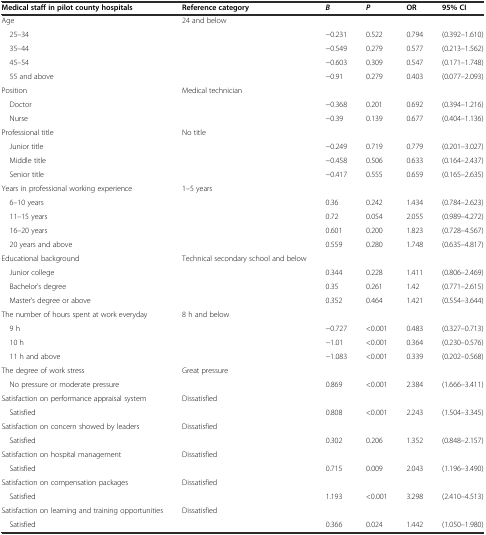
<table><thead><tr><td><b>Medical staff in pilot county hospitals</b></td><td><b>Reference category</b></td><td><b><i>B</i></b></td><td><b><i>P</i></b></td><td><b>OR</b></td><td><b>95% CI</b></td></tr></thead><tbody><tr><td>Age</td><td>24 and below</td><td></td><td></td><td></td><td></td></tr><tr><td> 25–34</td><td></td><td>−0.231</td><td>0.522</td><td>0.794</td><td>(0.392–1.610)</td></tr><tr><td> 35–44</td><td></td><td>−0.549</td><td>0.279</td><td>0.577</td><td>(0.213–1.562)</td></tr><tr><td> 45–54</td><td></td><td>−0.603</td><td>0.309</td><td>0.547</td><td>(0.171–1.748)</td></tr><tr><td> 55 and above</td><td></td><td>−0.91</td><td>0.279</td><td>0.403</td><td>(0.077–2.093)</td></tr><tr><td>Position</td><td>Medical technician</td><td></td><td></td><td></td><td></td></tr><tr><td> Doctor</td><td></td><td>−0.368</td><td>0.201</td><td>0.692</td><td>(0.394–1.216)</td></tr><tr><td> Nurse</td><td></td><td>−0.39</td><td>0.139</td><td>0.677</td><td>(0.404–1.136)</td></tr><tr><td>Professional title</td><td>No title</td><td></td><td></td><td></td><td></td></tr><tr><td> Junior title</td><td></td><td>−0.249</td><td>0.719</td><td>0.779</td><td>(0.201–3.027)</td></tr><tr><td> Middle title</td><td></td><td>−0.458</td><td>0.506</td><td>0.633</td><td>(0.164–2.437)</td></tr><tr><td> Senior title</td><td></td><td>−0.417</td><td>0.555</td><td>0.659</td><td>(0.165–2.635)</td></tr><tr><td>Years in professional working experience</td><td>1–5 years</td><td></td><td></td><td></td><td></td></tr><tr><td> 6–10 years</td><td></td><td>0.36</td><td>0.242</td><td>1.434</td><td>(0.784–2.623)</td></tr><tr><td> 11–15 years</td><td></td><td>0.72</td><td>0.054</td><td>2.055</td><td>(0.989–4.272)</td></tr><tr><td> 16–20 years</td><td></td><td>0.601</td><td>0.200</td><td>1.823</td><td>(0.728–4.567)</td></tr><tr><td> 20 years and above</td><td></td><td>0.559</td><td>0.280</td><td>1.748</td><td>(0.635–4.817)</td></tr><tr><td>Educational background</td><td>Technical secondary school and below</td><td></td><td></td><td></td><td></td></tr><tr><td> Junior college</td><td></td><td>0.344</td><td>0.228</td><td>1.411</td><td>(0.806–2.469)</td></tr><tr><td> Bachelor’s degree</td><td></td><td>0.35</td><td>0.261</td><td>1.42</td><td>(0.771–2.615)</td></tr><tr><td> Master’s degree or above</td><td></td><td>0.352</td><td>0.464</td><td>1.421</td><td>(0.554–3.644)</td></tr><tr><td>The number of hours spent at work everyday</td><td>8 h and below</td><td></td><td></td><td></td><td></td></tr><tr><td> 9 h</td><td></td><td>−0.727</td><td>&lt;0.001</td><td>0.483</td><td>(0.327–0.713)</td></tr><tr><td> 10 h</td><td></td><td>−1.01</td><td>&lt;0.001</td><td>0.364</td><td>(0.230–0.576)</td></tr><tr><td> 11 h and above</td><td></td><td>−1.083</td><td>&lt;0.001</td><td>0.339</td><td>(0.202–0.568)</td></tr><tr><td>The degree of work stress</td><td>Great pressure</td><td></td><td></td><td></td><td></td></tr><tr><td> No pressure or moderate pressure</td><td></td><td>0.869</td><td>&lt;0.001</td><td>2.384</td><td>(1.666–3.411)</td></tr><tr><td>Satisfaction on performance appraisal system</td><td>Dissatisfied</td><td></td><td></td><td></td><td></td></tr><tr><td> Satisfied</td><td></td><td>0.808</td><td>&lt;0.001</td><td>2.243</td><td>(1.504–3.345)</td></tr><tr><td>Satisfaction on concern showed by leaders</td><td>Dissatisfied</td><td></td><td></td><td></td><td></td></tr><tr><td> Satisfied</td><td></td><td>0.302</td><td>0.206</td><td>1.352</td><td>(0.848–2.157)</td></tr><tr><td>Satisfaction on hospital management</td><td>Dissatisfied</td><td></td><td></td><td></td><td></td></tr><tr><td> Satisfied</td><td></td><td>0.715</td><td>0.009</td><td>2.043</td><td>(1.196–3.490)</td></tr><tr><td>Satisfaction on compensation packages</td><td>Dissatisfied</td><td></td><td></td><td></td><td></td></tr><tr><td> Satisfied</td><td></td><td>1.193</td><td>&lt;0.001</td><td>3.298</td><td>(2.410–4.513)</td></tr><tr><td>Satisfaction on learning and training opportunities</td><td>Dissatisfied</td><td></td><td></td><td></td><td></td></tr><tr><td> Satisfied</td><td></td><td>0.366</td><td>0.024</td><td>1.442</td><td>(1.050–1.980)</td></tr></tbody></table>